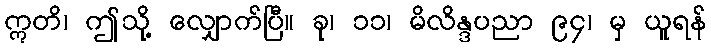
ဣတိ၊ ဤသို့ လျှောက်ပြီ။ ခု၊ ၁၁၊ မိလိန္ဒပညာ ၉၄၊ မှ ယူရန်